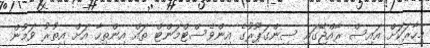
މިހާރަކަށް އައިސް ރާއްޖޭގައި ސިންގަޕޫރުގެ އިންވެސްޓްމަންޓް ތައް އިންތިހާ އަށް އިތުރު ވަމުން